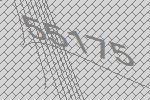
55175